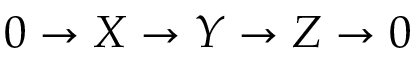
0 \rightarrow X \rightarrow Y \rightarrow Z \rightarrow 0